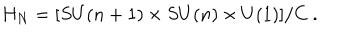
H _ { N } = [ S U ( n + 1 ) \times S U ( n ) \times U ( 1 ) ] / C \ .